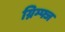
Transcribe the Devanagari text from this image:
ग्निम्फ्ज